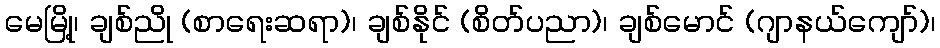
မေမြို့၊ ချစ်ညို (စာရေးဆရာ)၊ ချစ်နိုင် (စိတ်ပညာ)၊ ချစ်မောင် (ဂျာနယ်ကျော်)၊